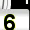
Digit: 6